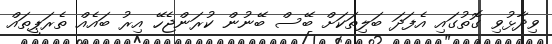
ވިދާޅުވި ގޮތުގައި އެފަދަ ބަލިތަކަށް ބޭސް ބޭނުން ކުރަންޖެހޭ އިރު ބައެއް ތެރަޕީތައް